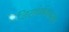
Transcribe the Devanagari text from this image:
जिसकेकेंद्रकसुत्र